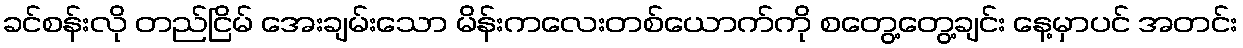
ခင်စန်းလို တည်ငြိမ် အေးချမ်းသော မိန်းကလေးတစ်ယောက်ကို စတွေ့တွေ့ချင်း နေ့မှာပင် အတင်း